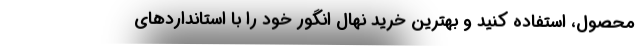
محصول، استفاده کنید و بهترین خرید نهال انگور خود را با استانداردهای